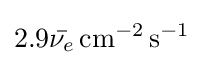
2.9{\bar {\nu _{e}}}\,\mathrm {cm} ^{-2}\,\mathrm {s} ^{-1}